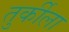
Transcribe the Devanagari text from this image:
तुर्कीला